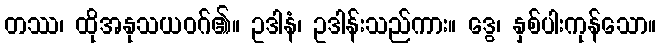
တဿ၊ ထိုအနုသယဝဂ်၏။ ဥဒါနံ၊ ဥဒါန်းသည်ကား။ ဒွေ၊ နှစ်ပါးကုန်သော။